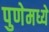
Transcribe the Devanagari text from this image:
पुणेमध्ये